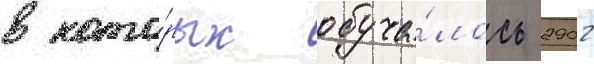
в кото́рых обуча́лось 2902